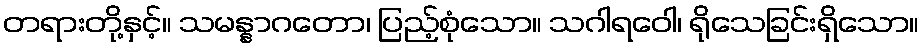
တရားတို့နှင့်။ သမန္နာဂတော၊ ပြည့်စုံသော။ သဂါရဝေါ၊ ရိုသေခြင်းရှိသော။